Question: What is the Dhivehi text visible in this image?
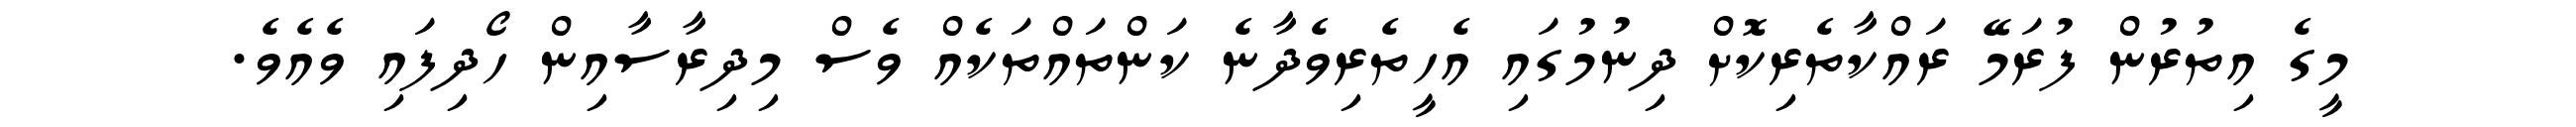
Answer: މީގެ އިތުރުން ފުރަމޭ ރައްކާތެރިކޮށް ދިނުމުގައި އެހީތެރިވެދާނެ ކަންތައްތަކެއް ވެސް މިދިރާސާއިން ހޯދިފައި ވެއެވެ.